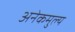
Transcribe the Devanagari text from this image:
अनेकमुल्य